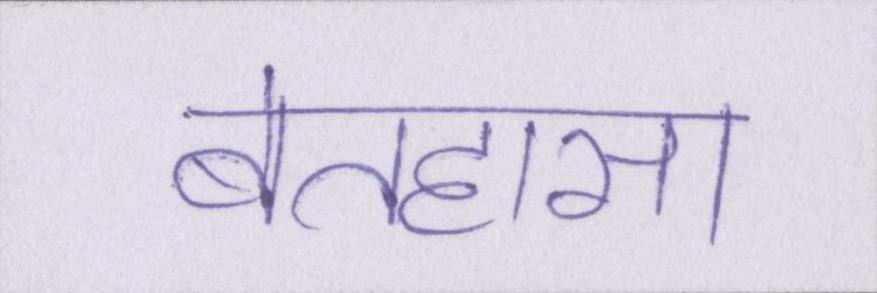
बेतहासा